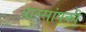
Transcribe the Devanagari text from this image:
वारसांपकी